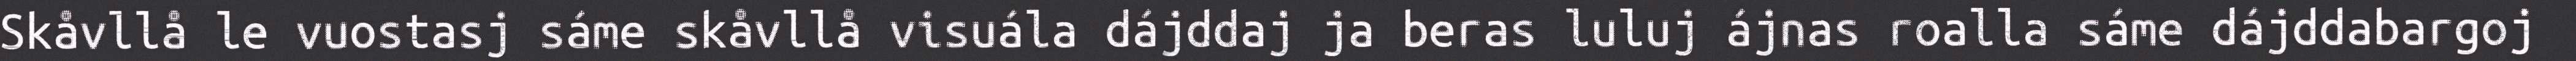
Skåvllå le vuostasj sáme skåvllå visuála dájddaj ja beras luluj ájnas roalla sáme dájddabargoj